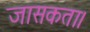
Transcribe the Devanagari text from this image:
जासकता।